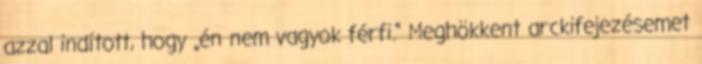
azzal indított, hogy „én nem vagyok férfi.“ Meghökkent arckifejezésemet